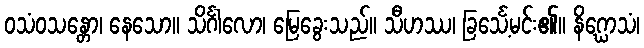
ဝသံဝသန္တော၊ နေသော။ သိင်္ဂါလော၊ မြေခွေးသည်။ သီဟဿ၊ ခြင်္သေ့မင်း၏။ နိဂ္ဃောသံ၊